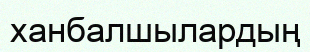
ханбалшылардың